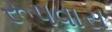
રૂપવાસ